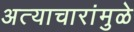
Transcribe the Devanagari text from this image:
अत्याचारांमुळे